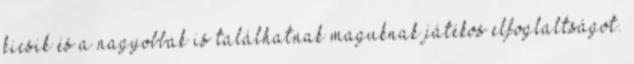
kicsik és a nagyobbak is találhatnak maguknak játékos elfoglaltságot.